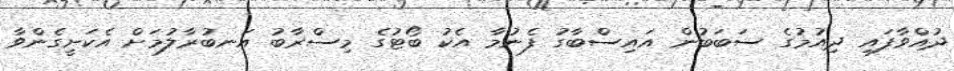
ދުއްވާފައި ދިއުމުގެ ސަބަބުން އައިސްބާގު ފެނުމާ އެކު ބޯޓުގެ މިސްރާބު އަނބުރާލުމަށް އެކަށީގެންވާ